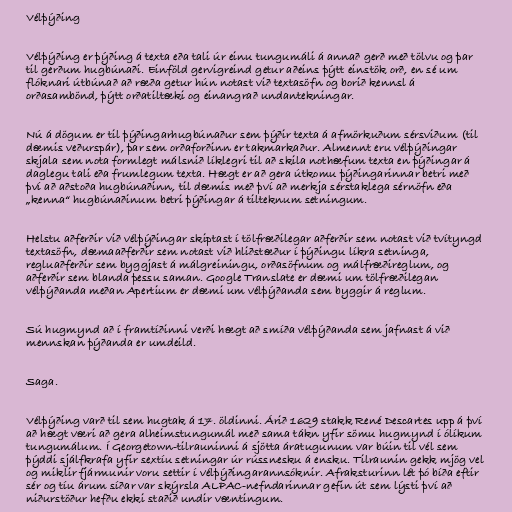
Vélþýðing

Vélþýðing er þýðing á texta eða tali úr einu tungumáli á annað gerð með tölvu og þar
til gerðum hugbúnaði. Einföld gervigreind getur aðeins þýtt einstök orð, en sé um
flóknari útbúnað að ræða getur hún notast við textasöfn og borið kennsl á
orðasambönd, þýtt orðatiltæki og einangrað undantekningar.

Nú á dögum er til þýðingarhugbúnaður sem þýðir texta á afmörkuðum sérsviðum (til
dæmis veðurspár), þar sem orðaforðinn er takmarkaður. Almennt eru vélþýðingar
skjala sem nota formlegt málsnið líklegri til að skila nothæfum texta en þýðingar á
daglegu tali eða frumlegum texta. Hægt er að gera útkomu þýðingarinnar betri með
því að aðstoða hugbúnaðinn, til dæmis með því að merkja sérstaklega sérnöfn eða
„kenna“ hugbúnaðinum betri þýðingar á tilteknum setningum.

Helstu aðferðir við vélþýðingar skiptast í tölfræðilegar aðferðir sem notast við tvítyngd
textasöfn, dæmaaðferðir sem notast við hliðstæður í þýðingu líkra setninga,
regluaðferðir sem byggjast á málgreiningu, orðasöfnum og málfræðireglum, og
aðferðir sem blanda þessu saman. Google Translate er dæmi um tölfræðilegan
vélþýðanda meðan Apertium er dæmi um vélþýðanda sem byggir á reglum.

Sú hugmynd að í framtíðinni verði hægt að smíða vélþýðanda sem jafnast á við
mennskan þýðanda er umdeild.

Saga.

Vélþýðing varð til sem hugtak á 17. öldinni. Árið 1629 stakk René Descartes upp á því
að hægt væri að gera alheimstungumál með sama tákn yfir sömu hugmynd í ólíkum
tungumálum. Í Georgetown-tilrauninni á sjötta áratugunum var búin til vél sem
þýddi sjálfkrafa yfir sextíu setningar úr rússnesku á ensku. Tilraunin gekk mjög vel
og miklir fjármunir voru settir í vélþýðingarannsóknir. Afraksturinn lét þó bíða eftir
sér og tíu árum síðar var skýrsla ALPAC-nefndarinnar gefin út sem lýsti því að
niðurstöður hefðu ekki staðið undir væntingum.